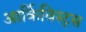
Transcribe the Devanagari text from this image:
आर्किविस्ट्स